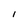
Character: I